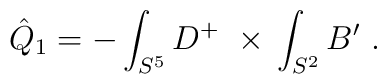
\hat Q_1 = -\int_{S^5}D^+\ \times\,\int_{S^2} B'\ .